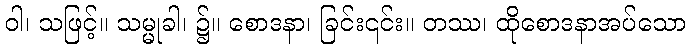
ဝါ၊ သဖြင့်။ သမ္မုခါ၊ ၌။ စောဒနာ၊ ခြင်း၎င်း။ တဿ၊ ထိုစောဒနာအပ်သော